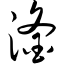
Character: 滏